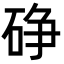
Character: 碀